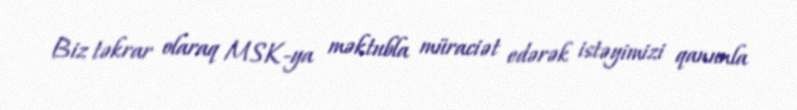
Biz təkrar olaraq MSK-ya məktubla müraciət edərək istəyimizi qanunla